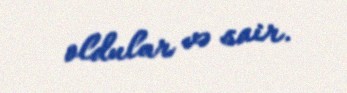
oldular və sair.